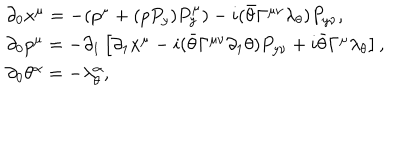
\begin{array} { l } { { \qquad \partial _ { 0 } x ^ { \mu } = - ( p ^ { \mu } + ( p P _ { y } ) P _ { y } ^ { \mu } ) - i ( \bar { \theta } \Gamma ^ { \mu \nu } \lambda _ { \theta } ) P _ { y \nu } , } } \\ { { \qquad \partial _ { 0 } p ^ { \mu } = - \partial _ { 1 } \left[ \partial _ { 1 } x ^ { \mu } - i ( \bar { \theta } \Gamma ^ { \mu \nu } \partial _ { 1 } \theta ) P _ { y \nu } + i \bar { \theta } \Gamma ^ { \mu } \lambda _ { \theta } \right] , } } \\ { { \qquad \partial _ { 0 } \theta ^ { \alpha } = - \lambda _ { \theta } ^ { \alpha } , } } \\ \end{array}